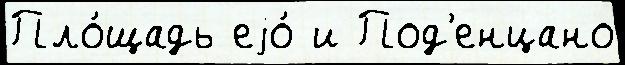
Пло́щадь еjо́ и Под'енцано